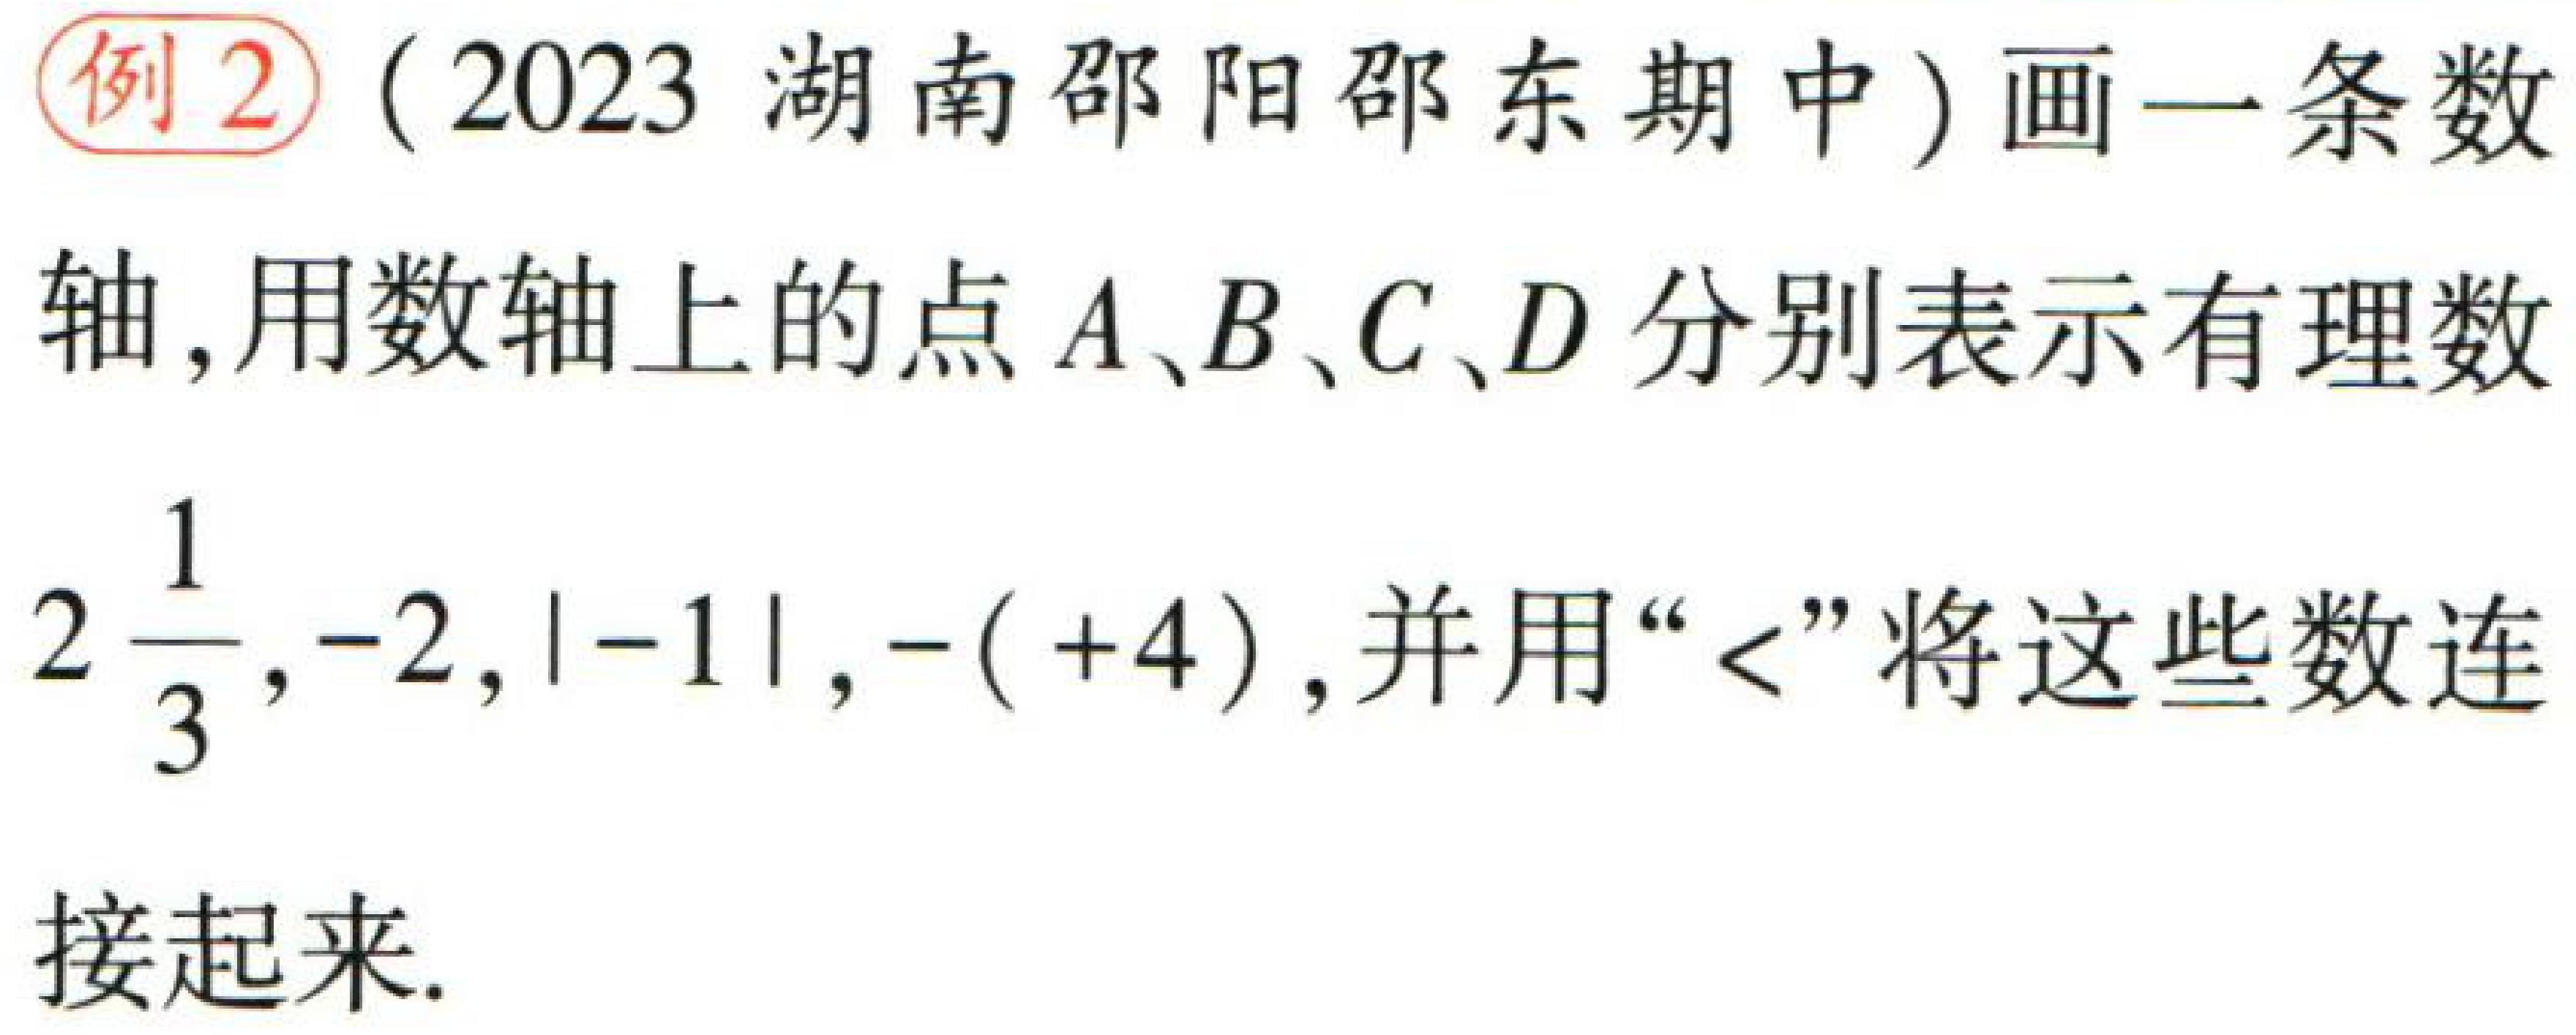
例2（2023 湖南邵阳邵东期中）画一条数轴, 用数轴上的点 \(A、B、C、D\) 分别表示有理数\(2\frac{1}{3}, - 2, |-1|, -( + 4)\), 并用“\(<\)”将这些数连接起来.